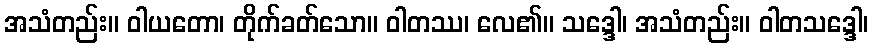
အသံတည်း။ ဝါယတော၊ တိုက်ခတ်သော။ ဝါတဿ၊ လေ၏။ သဒ္ဒေါ၊ အသံတည်း။ ဝါတသဒ္ဒေါ၊